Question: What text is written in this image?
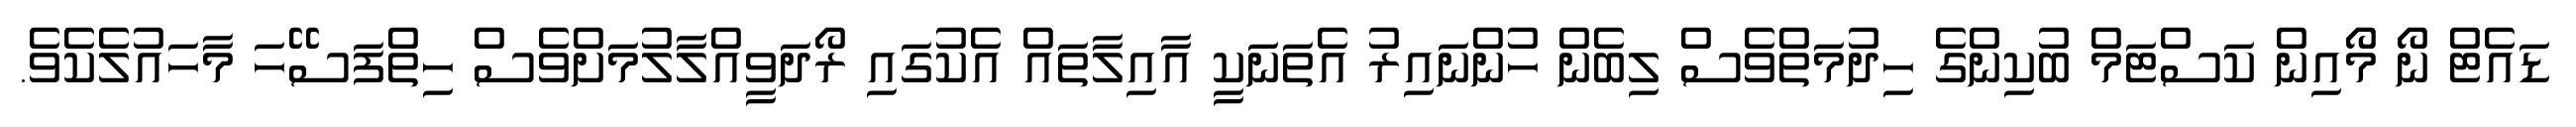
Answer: ޑައެޓް ނޯ މޯއިން ކަސްޓަމް ބުކިންގެ ހިދުމަތްވެސް ލިބެން ހުންނައިރު އެތަނަކީ އާއިލާތައް އެކުގައި ރޯދަވީއްލާލުމަށްވެސް ހިތްފަސޭހަ މާހައުލެކެވެ.